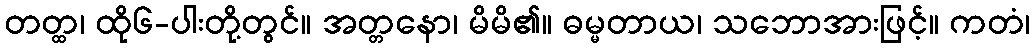
တတ္ထ၊ ထို၆-ပါးတို့တွင်။ အတ္တနော၊ မိမိ၏။ ဓမ္မတာယ၊ သဘောအားဖြင့်။ ကတံ၊